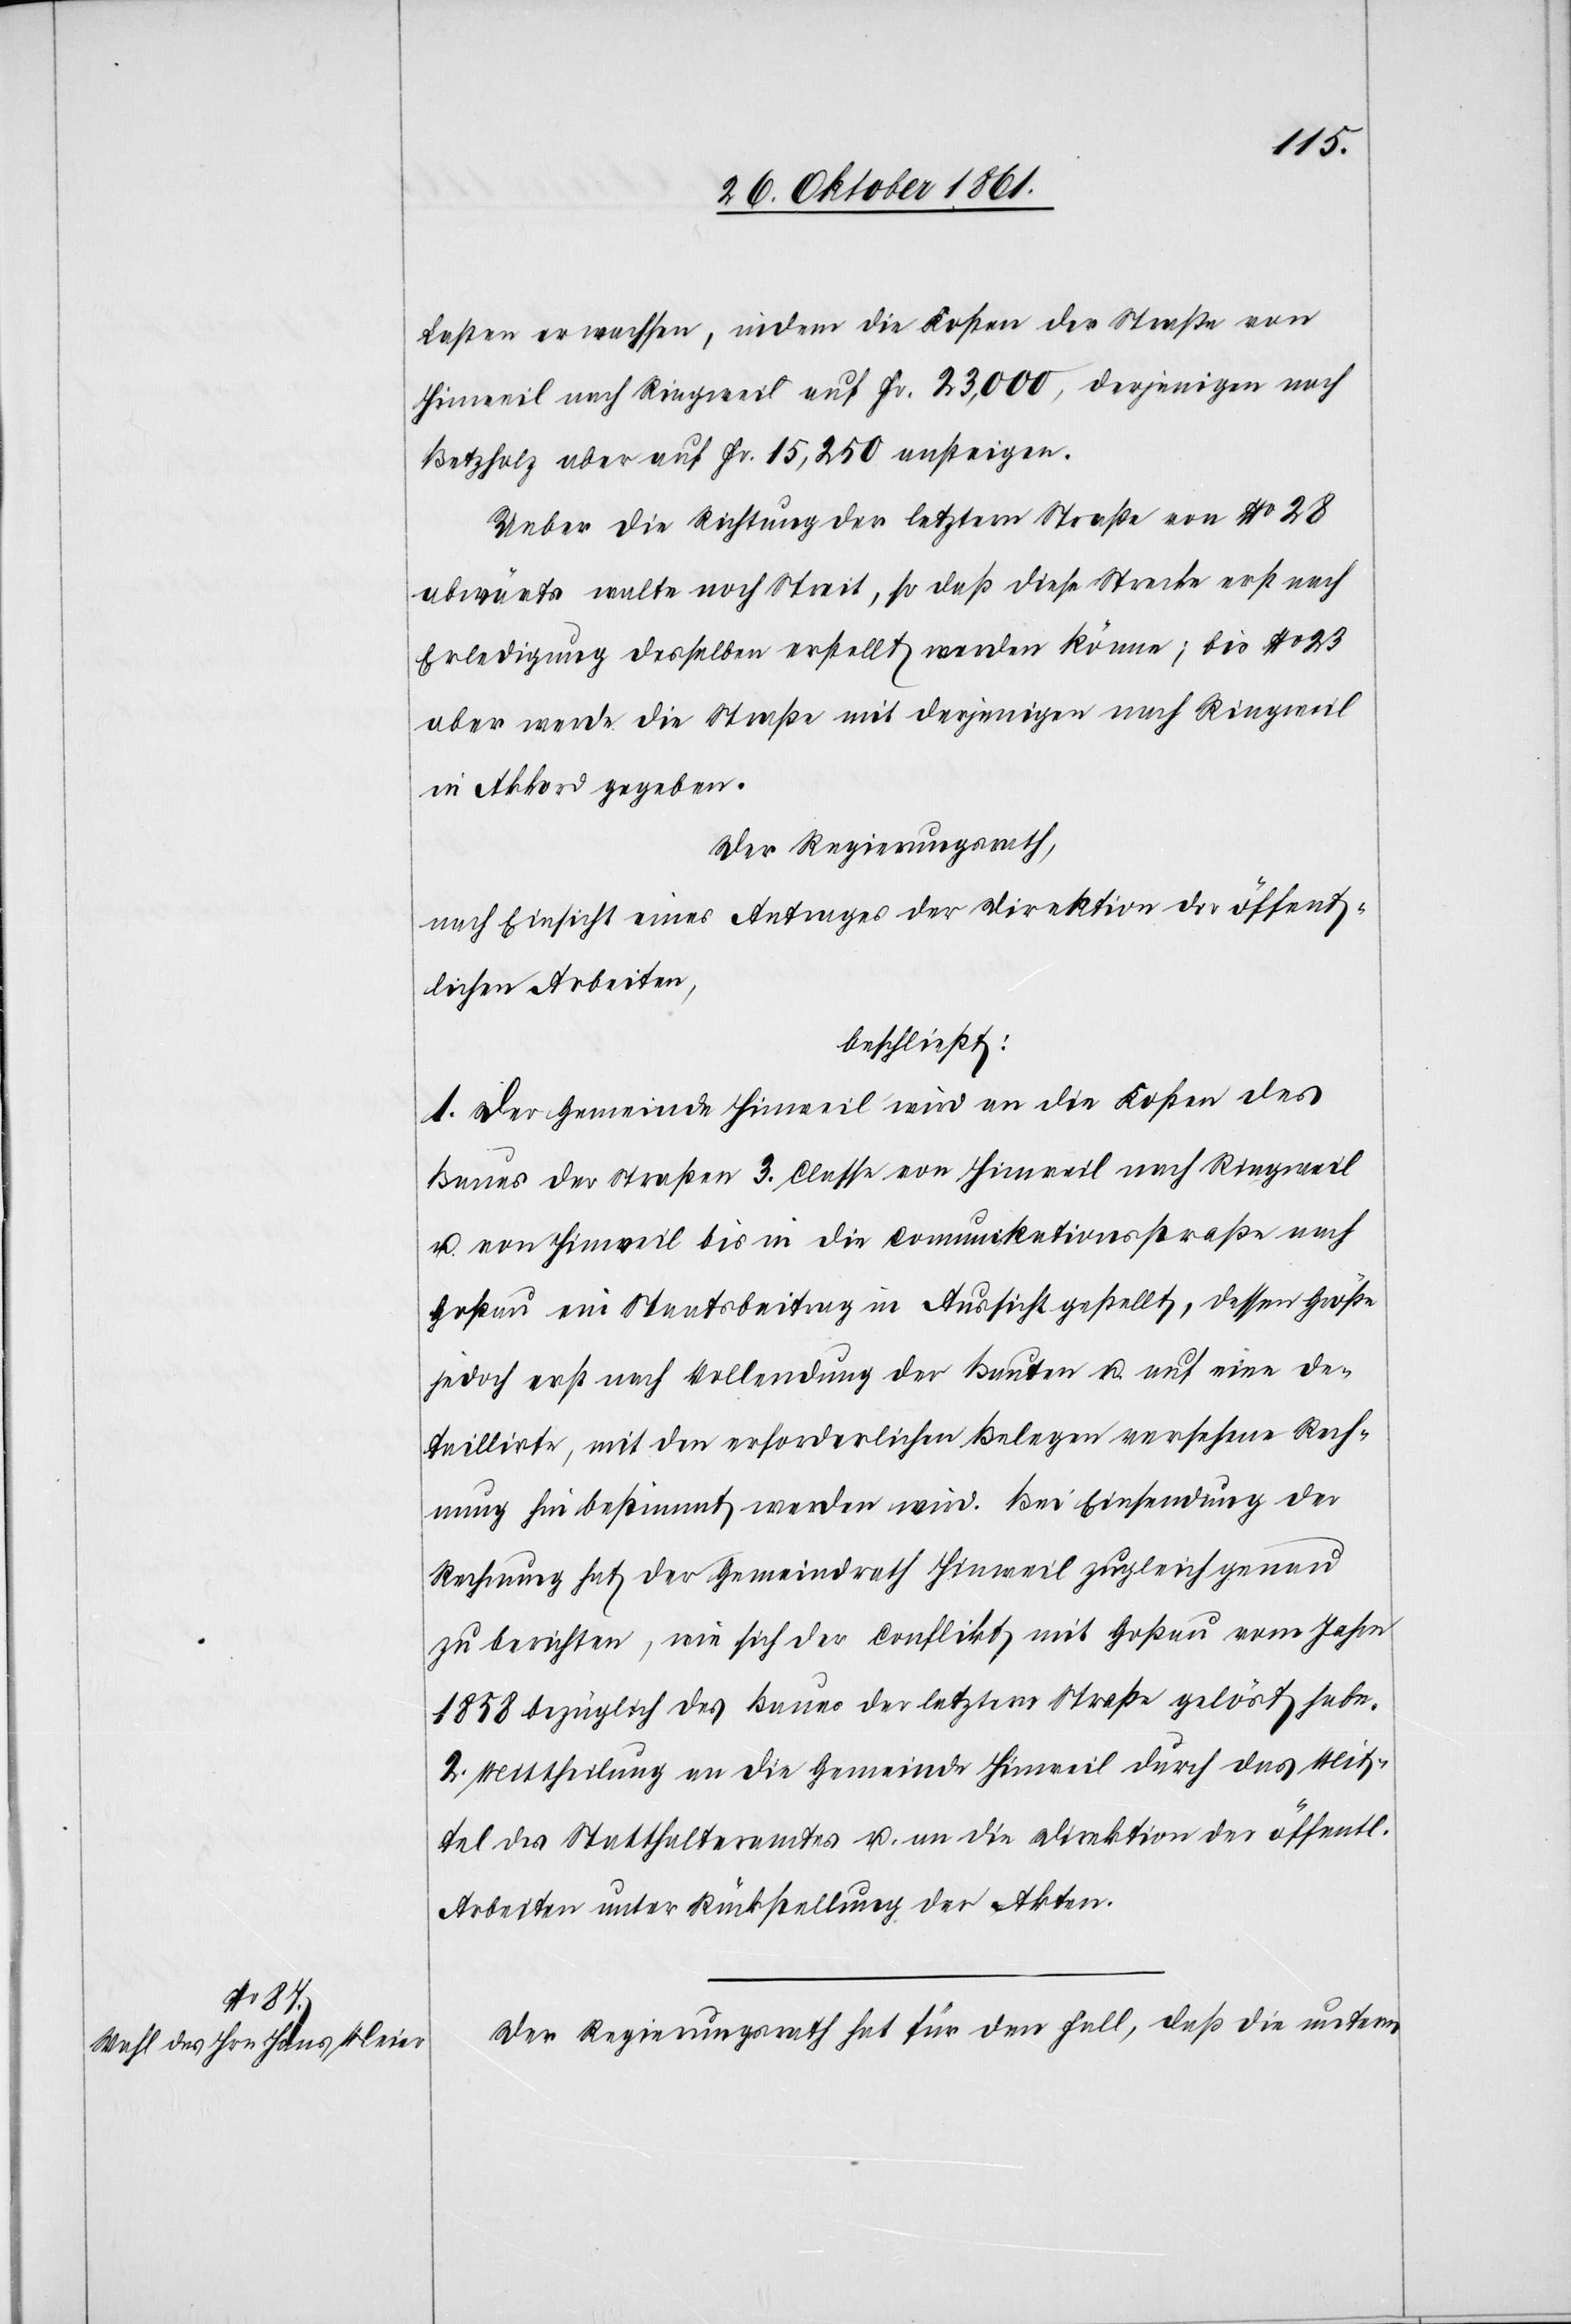
ichen

Lasten erwachsen, indem die Kosten der Straße von
Hinweil nach Ringweil auf Fr. 23,000 derjenigen nach
Betzholz aber auf Fr. 15,250 ansteigen.
Ueber die Richtung der letztern Straße von N° 28
abwärts walte noch Streit, so daß diese Strecke erst nach
Erledigung desselben erstellt werden könne; bis N°
aber werde die Straße mit derjenigen nach Ringweil
in Akkord gegeben.
Der Regierungsrath,
nach Einsicht eines Antrages der Direktion der öffent¬
lichen Arbeiten,
beschließt:
1. Der Gemeinde Hinweil wird an die Kosten des
Baues der Straße 3 Classe von Hinweil nach Ringweil
u. von Hinweil bis in die Communicationsstraße nach
Goßau ein Staatsbeitrag in Aussicht gestellt, dessen Größe
jedoch erst nach Vollendung der Bauten u. auf eine de¬
taillirte, mit den erforderlichen Belegen versehene Rech¬
nung hin bestimmt werden wird. Bei Einsendung der
Rechnung hat der Gemeindrath Hinweil zugleich genau
zu berichten, wie sich der Conflikt mit Goßau vom Jahre
1858 bezüglich des Baues der letzten Straße gelöst habe.
2. Mittheilung an die Gemeinde Hinweil durch das Mit¬
tel des Statthalteramtes u. an die Direktion der öffentl¬
Arbeiten unter Rückstellung der Akten.
Der Regierungsrath hat für den Fall, daß die unterm